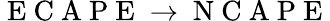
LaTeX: \mathrm{~E~C~A~P~E~}\rightarrow\mathrm{~N~C~A~P~E~}